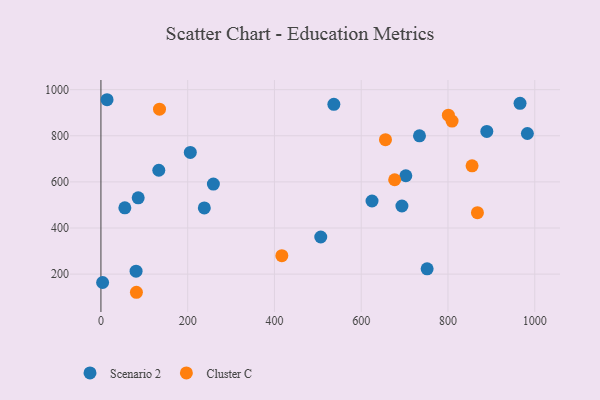
{"axis": {"x": "Investment", "y": "Sales"}, "legend": ["Cluster C", "Scenario 2"], "data": [{"x": "506.7", "y": 360.9, "type": "Scenario 2"}, {"x": "238.3", "y": 486.9, "type": "Scenario 2"}, {"x": "3.9", "y": 163.7, "type": "Scenario 2"}, {"x": "734.3", "y": 799.7, "type": "Scenario 2"}, {"x": "536.9", "y": 936.3, "type": "Scenario 2"}, {"x": "55.1", "y": 487.4, "type": "Scenario 2"}, {"x": "14.1", "y": 956.4, "type": "Scenario 2"}, {"x": "85.9", "y": 530.9, "type": "Scenario 2"}, {"x": "206.0", "y": 727.9, "type": "Scenario 2"}, {"x": "624.9", "y": 517.1, "type": "Scenario 2"}, {"x": "751.9", "y": 223.1, "type": "Scenario 2"}, {"x": "702.8", "y": 626.6, "type": "Scenario 2"}, {"x": "81.0", "y": 212.6, "type": "Scenario 2"}, {"x": "259.2", "y": 590.4, "type": "Scenario 2"}, {"x": "133.4", "y": 650.4, "type": "Scenario 2"}, {"x": "889.5", "y": 819.0, "type": "Scenario 2"}, {"x": "693.8", "y": 495.5, "type": "Scenario 2"}, {"x": "983.0", "y": 809.8, "type": "Scenario 2"}, {"x": "966.1", "y": 940.6, "type": "Scenario 2"}, {"x": "417.0", "y": 280.1, "type": "Cluster C"}, {"x": "81.8", "y": 121.2, "type": "Cluster C"}, {"x": "855.5", "y": 669.9, "type": "Cluster C"}, {"x": "135.0", "y": 915.5, "type": "Cluster C"}, {"x": "800.9", "y": 889.6, "type": "Cluster C"}, {"x": "677.1", "y": 609.2, "type": "Cluster C"}, {"x": "655.9", "y": 782.9, "type": "Cluster C"}, {"x": "867.9", "y": 466.3, "type": "Cluster C"}, {"x": "809.4", "y": 863.9, "type": "Cluster C"}]}